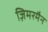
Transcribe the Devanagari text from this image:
ज़िमरमैन